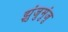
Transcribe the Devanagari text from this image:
झुंजुमुंजु